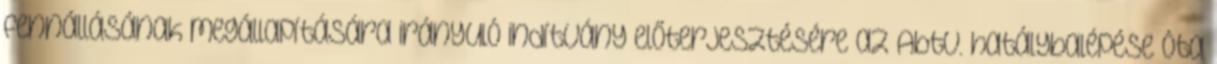
fennállásának megállapítására irányuló indítvány előterjesztésére az Abtv. hatálybalépése óta